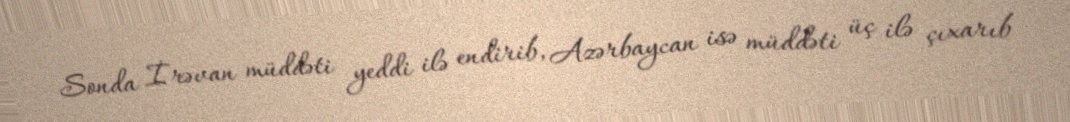
Sonda İrəvan müddəti yeddi ilə endirib, Azərbaycan isə müddəti üç ilə çıxarıb